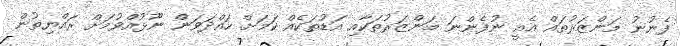
ފެނުނު މަންޒަރުތައް އެއީ ނުފެންނަ މަންޒަރުތަކާއި އަޑުތަކެއް ކަމަށް ހައްދަވަން ނޫޅުއްވުމަށް ރައްޔިތުން